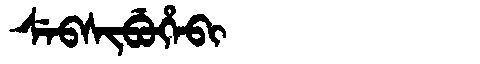
Manchu: ᠰᡝᠪᠰᡳᠪᡠᡥᡝᠪᡳ
Romanization: SEBSIBUHEBI